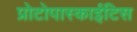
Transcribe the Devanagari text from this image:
प्रोटोपास्काईटिस